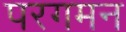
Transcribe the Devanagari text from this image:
परगमन